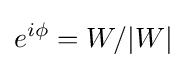
e^{i\phi }=W/|W|